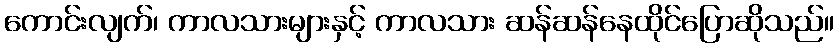
ကောင်းလျက်၊ ကာလသားများနှင့် ကာလသား ဆန်ဆန်နေထိုင်ပြောဆိုသည်။